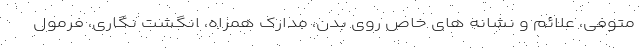
متوفی، علائم و نشانه های خاص روی بدن، مدارک همراه، انگشت نگاری، فرمول